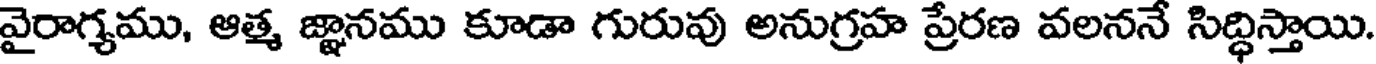
వైరాగ్యము, ఆత్మ జ్ఞానము కూడా గురువు అనుగ్రహ ప్రేరణ వలననే సిద్ధిస్తాయి.